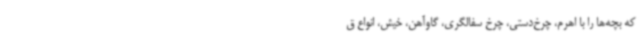
که بچه‌ها را با اهرم، چرخ‌دستی، چرخ سفالگری، گاوآهن، خیش، انواع ق